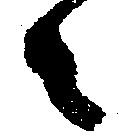
々